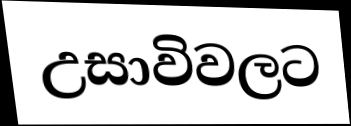
උසාවිවලට